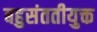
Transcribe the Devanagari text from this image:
बहुसंततीयुक्त